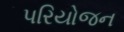
પરિયોજન